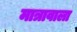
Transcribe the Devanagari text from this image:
मात्रावाला